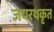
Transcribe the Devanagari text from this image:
जयरथकृत